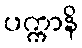
ပက္ကာနိ